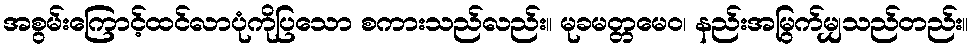
အစွမ်းကြောင့်ထင်လာပုံကိုပြသော စကားသည်လည်း။ မုခမတ္တမေဝ၊ နည်းအမြွက်မျှသည်တည်း။